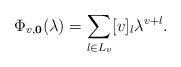
LaTeX: \begin{align*}\Phi_{v,{\bf 0}}(\lambda) = \sum_{l\in L_v}[v]_l\lambda^{v+l}.\end{align*}